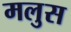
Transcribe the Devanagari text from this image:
मलुस